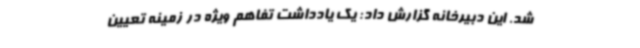
شد. این دبیرخانه گزارش داد: یک یادداشت تفاهم ویژه در زمینه تعیین